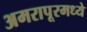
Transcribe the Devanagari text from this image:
अमरापूरमध्ये